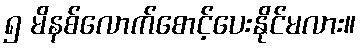
၅ မိနစ်လောက်စောင့်ပေးနိုင်မလား။